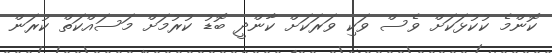
ކޮންމެ ކުކުޅަކަށް ވެސް ވަކި ވަރަކަށް ކާންދީ ބޮޑު ކުރުމަށް މަސައްކަތް ކުރަން